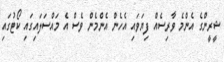
ޝީރީންގެ އެންމެ ވާރިސެއް ފިޔަވައި އެހެން އެންމެން ވެސް އެ މައްސަލައިގައި ކޯޓުގައި